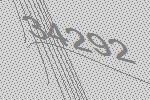
34292